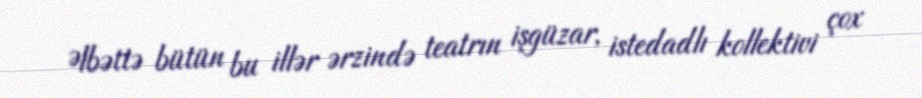
Əlbəttə bütün bu illər ərzində teatrın işgüzar, istedadlı kollektivi çox